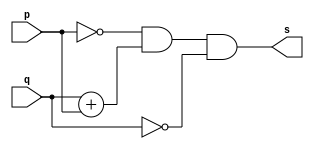
// Rafael Guimares de Sousa - 451607

module xorgate (output s, input  p, input q);

assign s = ~p&q + p&~q;

endmodule

module testxorgate;

reg a,b;
wire s;

xorgate XOR1 (s, a, b);

initial begin:start

a=0;b=0;

end

initial begin:main

$display("Exercicio0011 - Rafael Guimares de Sousa - 451607");
$monitor("%b %b | %b",a,b,s);

#1 a=0;b=1;
#1 a=1;b=0;
#1 a=1;b=1;
end

endmodule